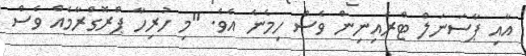
އާއި ޕާސަނަލް ޓްރެއިނިން ވެސް ހިމެނެ އެވެ. "މި ހުރިހާ ޕްރޮގްރާމެއް ވެސް